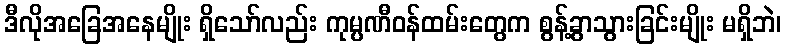
ဒီလိုအခြေအနေမျိုး ရှိသော်လည်း ကုမ္ပဏီဝန်ထမ်းတွေက စွန့်ခွာသွားခြင်းမျိုး မရှိဘဲ၊